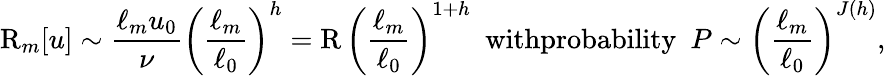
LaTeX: \mathrm{R}_{m}[u]\sim\frac{\ell_{m}u_{0}}{\nu}\left(\frac{\ell_{m}}{\ell_{0}}\right)^{h}=\mathrm{R}\, \left(\frac{\ell_{m}}{\ell_{0}}\right)^{1+h}\ \ \textrm{withprobability}\ \ P\sim\left(\frac{\ell_{m}}{\ell_{0}}\right)^{J(h)},